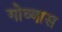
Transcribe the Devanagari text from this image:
गोव्यास